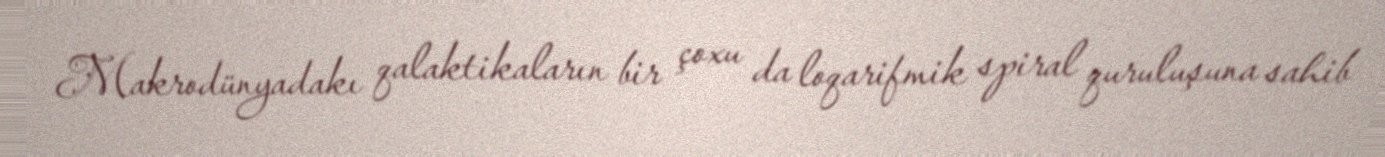
Makrodünyadakı qalaktikaların bir çoxu da loqarifmik spiral quruluşuna sahib